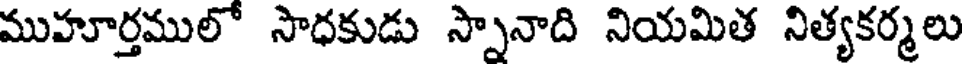
ముహూర్తములో సాధకుడు స్నానాది నియమిత నిత్యకర్మలు